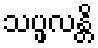
သပ္ဖလန္တိ